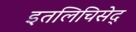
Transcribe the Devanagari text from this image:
इतलिचिसेद्